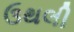
ઉથલી